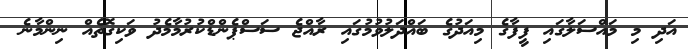
އަދި މި މައްސަލާގައި ފީފާގެ މިއަދުގެ ބައްދަލުވުމުގައި ރާއްޖެ ސަސްޕެންޑްކުރުމާމެދު ވަކިގޮތެއް ނިންމާނެ